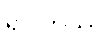
ရှိပါတယ်။